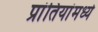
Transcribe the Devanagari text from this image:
प्रांतियांमध्ये